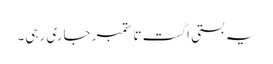
یہ بستی اگست تا ستمبر جاری رہی۔